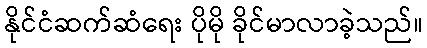
နိုင်ငံဆက်ဆံရေး ပိုမို ခိုင်မာလာခဲ့သည်။